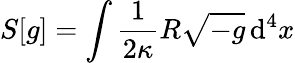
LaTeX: S[g]=\int{\frac{1}{2\kappa}}R{\sqrt{-g}}\, \mathrm{d}^{4}x